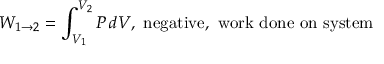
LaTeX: W _ { 1 \to 2 } = \int _ { V _ { 1 } } ^ { V _ { 2 } } P \, d V , \, \, { \mathrm { n e g a t i v e , ~ w o r k ~ d o n e ~ o n ~ s y s t e m } }